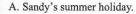
A. Sandy's summer holiday.